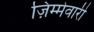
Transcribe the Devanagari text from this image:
ज़िम्मेवारी